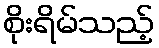
စိုးရိမ်သည့်